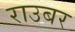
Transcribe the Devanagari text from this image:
राउबर